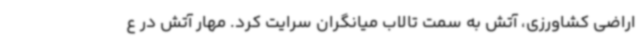
اراضی کشاورزی، آتش به سمت تالاب میانگران سرایت کرد. مهار آتش در ع